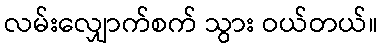
လမ်းလျှောက်စက် သွား ဝယ်တယ်။